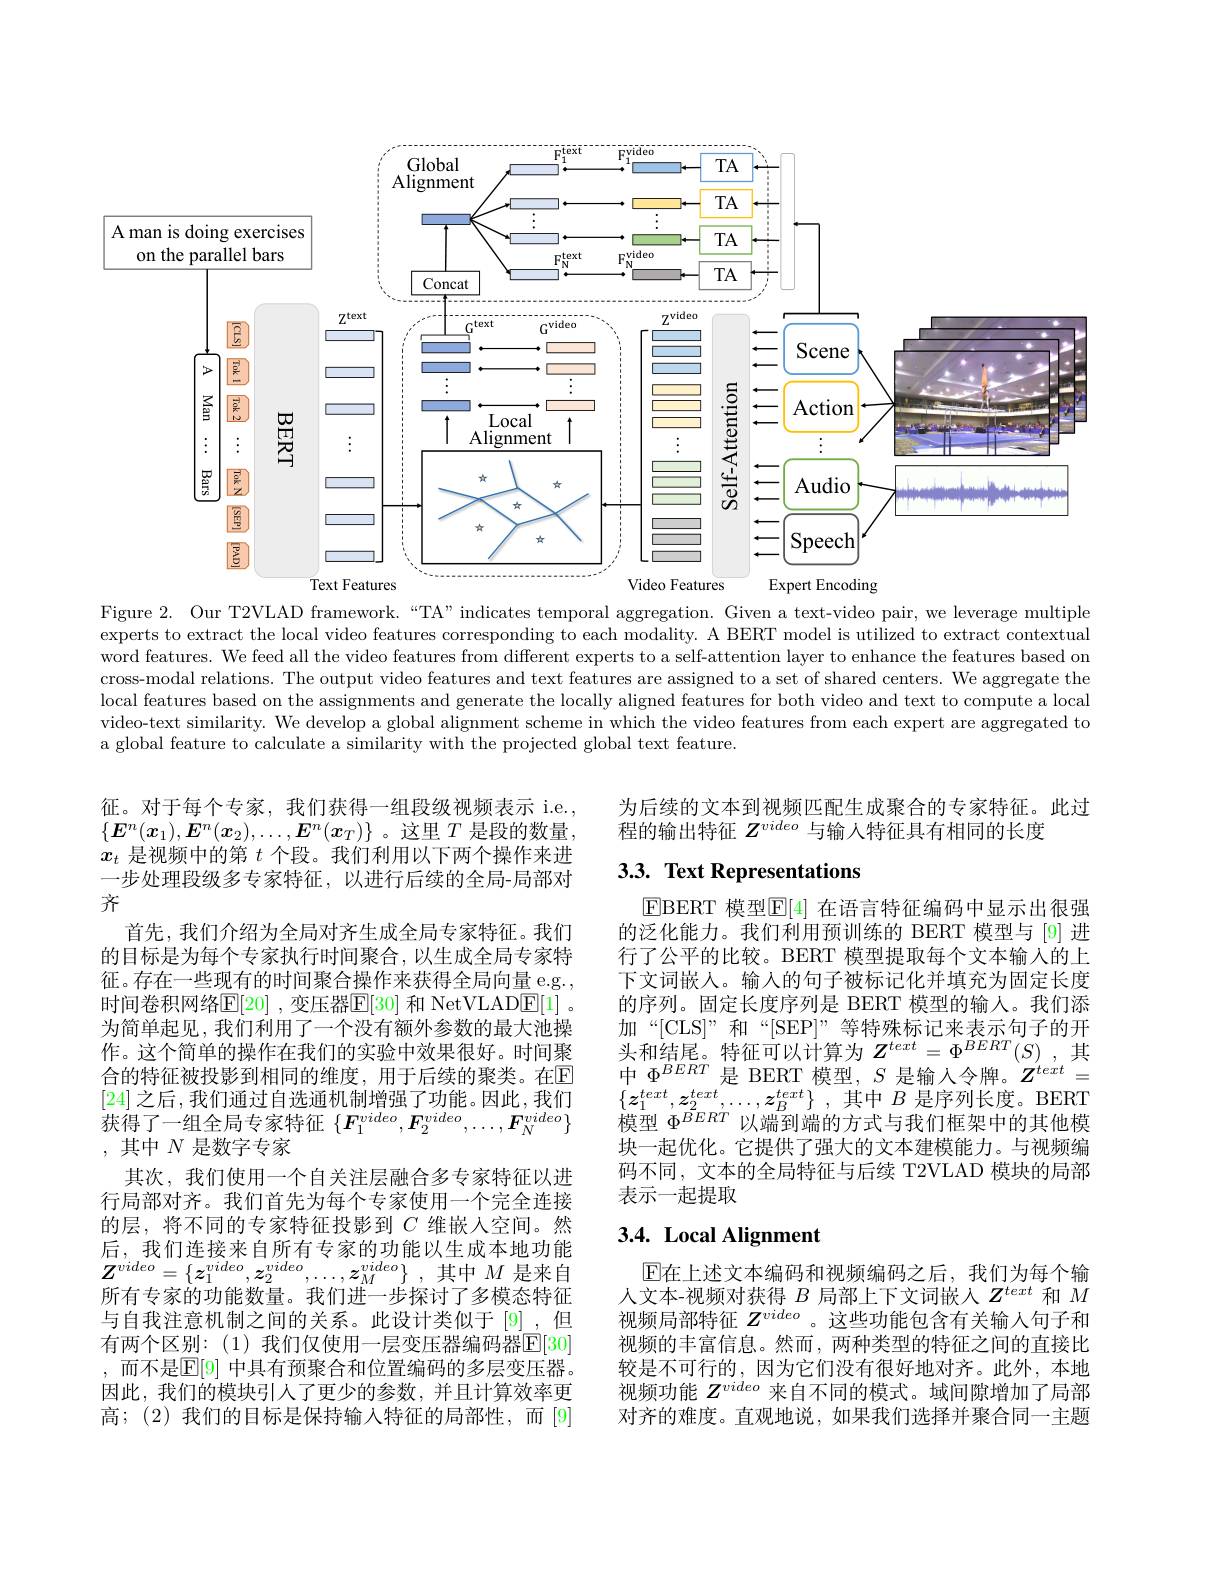
$A$
<FigureHere>

Figure 2. Our T2VLAD framework.“TA”indicates temporal aggregation. Given a text-video pair, we leverage multiple

experts to extract the local video features corresponding to each modality. A BERT model is utilized to extract contextual word features. We feed all the video features from different experts to a self-attention layer to enhance the features based on cross-modal relations. The output video features and text features are assigned to a set of shared centers. We aggregate the local features based on the assignments and generate the locally aligned features for both video and text to compute a local video-text similarity. We develop a global alignment scheme in which the video features from each expert are aggregated to a global feature to calculate a similarity with the projected global text feature.

为后续的文本到视频匹配生成聚合的专家特征。此过
程的输出特征$Z^{video}$与输入特征具有相同的长度

# 3.3. Text Representations

$\operatorname{EBERT}$ 模型$\operatorname{E[4]}$ 在语言特征编码中显示出很强的泛化能力。我们利用预训练的 BERT 模型与 [9] 进行了公平的比较。BERT 模型提取每个文本输入的上下文词嵌人。输入的句子被标记化并填充为固定长度的序列。固定长度序列是 BERT 模型的输人。我们添加“[CLS]”和“[SEP]”等特殊标记来表示句子的开头和结尾。特征可以计算为$Z^{text}=\Phi^{BERT}(S)$ ,其中$\Phi^{BERT}$ 是 BERT 模型，$S$ 是输入令牌。$Z^text=$ $\left\{\tilde{\boldsymbol{z}}_{1}^{text},\boldsymbol{z}_{2}^{text},\ldots,\boldsymbol{z}_{B}^{text}\right\}$,其中$B$是序列长度。BERT 模型$\bar{\Phi^{BERT}}$以端到端的方式与我们框架中的其他模块一起优化。它提供了强大的文本建模能力。与视频编码不同，文本的全局特征与后续 T2VLAD 模块的局部表示一起提取

征。对于每个专家，我们获得一组段级视频表示 i.e., $\{\boldsymbol{E}^n(\boldsymbol{x}_1),\boldsymbol{E}^n(\boldsymbol{x}_2),\ldots,\boldsymbol{E}^n(\boldsymbol{x}_T)\}$ 。这里 $T$ 是段的数量， $x_t$是视频中的第$t$个段。我们利用以下两个操作来进一步处理段级多专家特征，以进行后续的全局-局部对齐
首先，我们介绍为全局对齐生成全局专家特征。我们的目标是为每个专家执行时间聚合，以生成全局专家特征。存在一些现有的时间聚合操作来获得全局向量 e.g., 时间卷积网络$\mathbb{E}[20]$ ,变压器$\mathbb{E}[30]$ 和 NetVLAD$\mathbb{E}[1]$ 。为简单起见，我们利用了一个没有额外参数的最大池操作。这个简单的操作在我们的实验中效果很好。时间聚合的特征被投影到相同的维度，用于后续的聚类。在$\mathbb{E}$ [24]之后，我们通过自选通机制增强了功能。因此，我们获得了一组全局专家特征$\{\boldsymbol F_{1}^{video},\boldsymbol{F}_{2}^{video},\ldots,\boldsymbol{F}_{N}^{video}\}$ ,其中$N$是数字专家
其次，我们使用一个自关注层融合多专家特征以进行局部对齐。我们首先为每个专家使用一个完全连接的层，将不同的专家特征投影到$C$维嵌入空间。然后，我们连接来自所有专家的功能以生成本地功能$Z^{video}= \{ z_{1}^{video}, \boldsymbol{z}_{2}^{video}, \ldots , \boldsymbol{z}_{M}^{video}\}$ ,其中$M$是来自所有专家的功能数量。我们进一步探讨了多模态特征与自我注意机制之间的关系。此设计类似于[9],但有两个区别：(1)我们仅使用一层变压器编码器$\mathbb{E}[30]$ , 而不是$\mathbb{E}[9]$ 中具有预聚合和位置编码的多层变压器。因此，我们的模块引人了更少的参数，并且计算效率更高；(2)我们的目标是保持输入特征的局部性，而[9]

# $3. 4. \textbf{ Local Alignment}$

$\mathbb{E}$在上述文本编码和视频编码之后，我们为每个输人文本-视频对获得$B$局部上下文词嵌入$Z^text$和$M$ 视频局部特征$Z^{video}$ 。这些功能包含有关输入句子和视频的丰富信息。然而，两种类型的特征之间的直接比较是不可行的，因为它们没有很好地对齐。此外，本地视频功能$Z^video$来自不同的模式。域间隙增加了局部对齐的难度。直观地说，如果我们选择并聚合同一主题